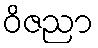
ဝိဇညာ